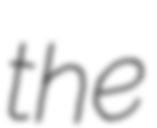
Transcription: the